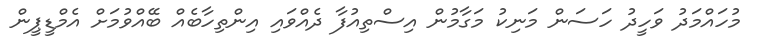
މުހައްމަދު ވަހީދު ހަސަން މަނިކު މަގާމުން އިސްތިއުފާ ދެއްވައި އިންތިހާބެއް ބޭއްވުމަށް އެމްޑީޕީން